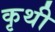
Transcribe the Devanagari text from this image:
कृथी